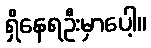
ရှိနေရဦးမှာပေါ့။